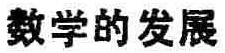
数学的发展